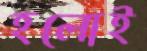
হলোই